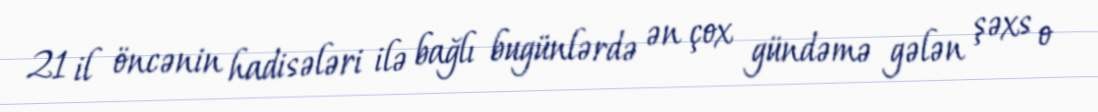
21 il öncənin hadisələri ilə bağlı bugünlərdə ən çox gündəmə gələn şəxs o